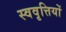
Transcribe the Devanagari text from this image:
स्ववृत्तियों